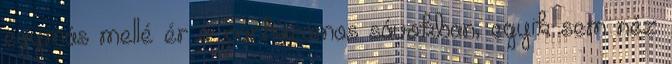
egymás mellé ér a párhuzamos sávokban, egyik sem néz